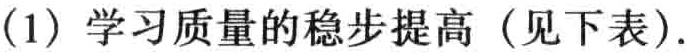
(1) 学习质量的稳步提高（见下表）.